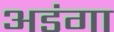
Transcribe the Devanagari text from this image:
अडंगा